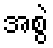
အစွဲ